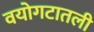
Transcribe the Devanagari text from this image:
वयोगटातली